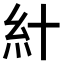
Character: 𥾅